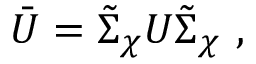
\bar { U } = \tilde { \Sigma } _ { \chi } U \tilde { \Sigma } _ { \chi } \ ,